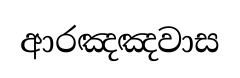
ආරඤඤවාස